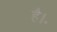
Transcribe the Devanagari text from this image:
है।॰